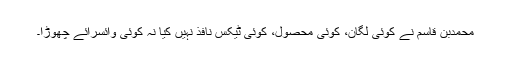
محمدبن قاسم نے کوئی لگان، کوئی محصول، کوئی ٹیکس نافذ نہیں کیا نہ کوئی وائسرائے چھوڑا۔